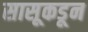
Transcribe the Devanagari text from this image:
सासूकडून